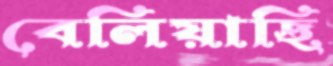
বেলিয়াছি